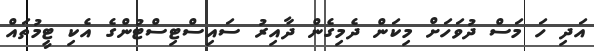
އަދި ހަ މަސް ދުވަހަށް މިކަން ދެމިގެން ދާއިރު ސައިސްޓިސްޓުންގެ އެކި ޓީމުތައް